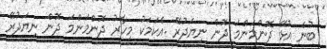
ބުނެ އުޅޭ ދޮންމަންމަ ދޮން ނިޔަދުރޭ .އެކަމަކު މިހާރު ދޮންމަންމަ ދޮން ނިޔަދުރޭ